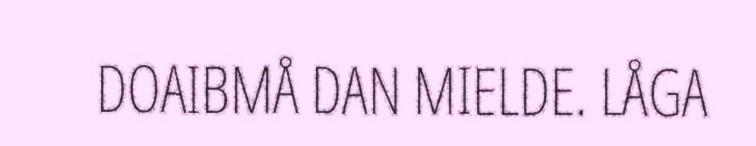
DOAIBMÅ DAN MIELDE. LÅGA